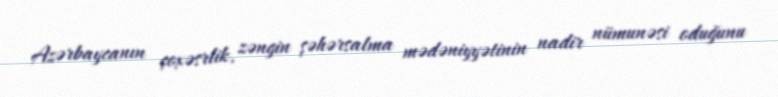
Azərbaycanın çoxəsrlik, zəngin şəhərsalma mədəniyyətinin nadir nümunəsi oduğunu